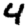
Digit: 4